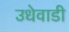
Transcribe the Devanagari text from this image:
उधेवाडी